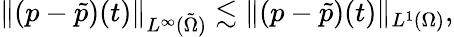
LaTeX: \| (p-\tilde{p})(t)\| _{L^{\infty}(\tilde{\Omega})}\lesssim\| (p-\tilde{p})(t)\| _{L^{1}(\Omega)},